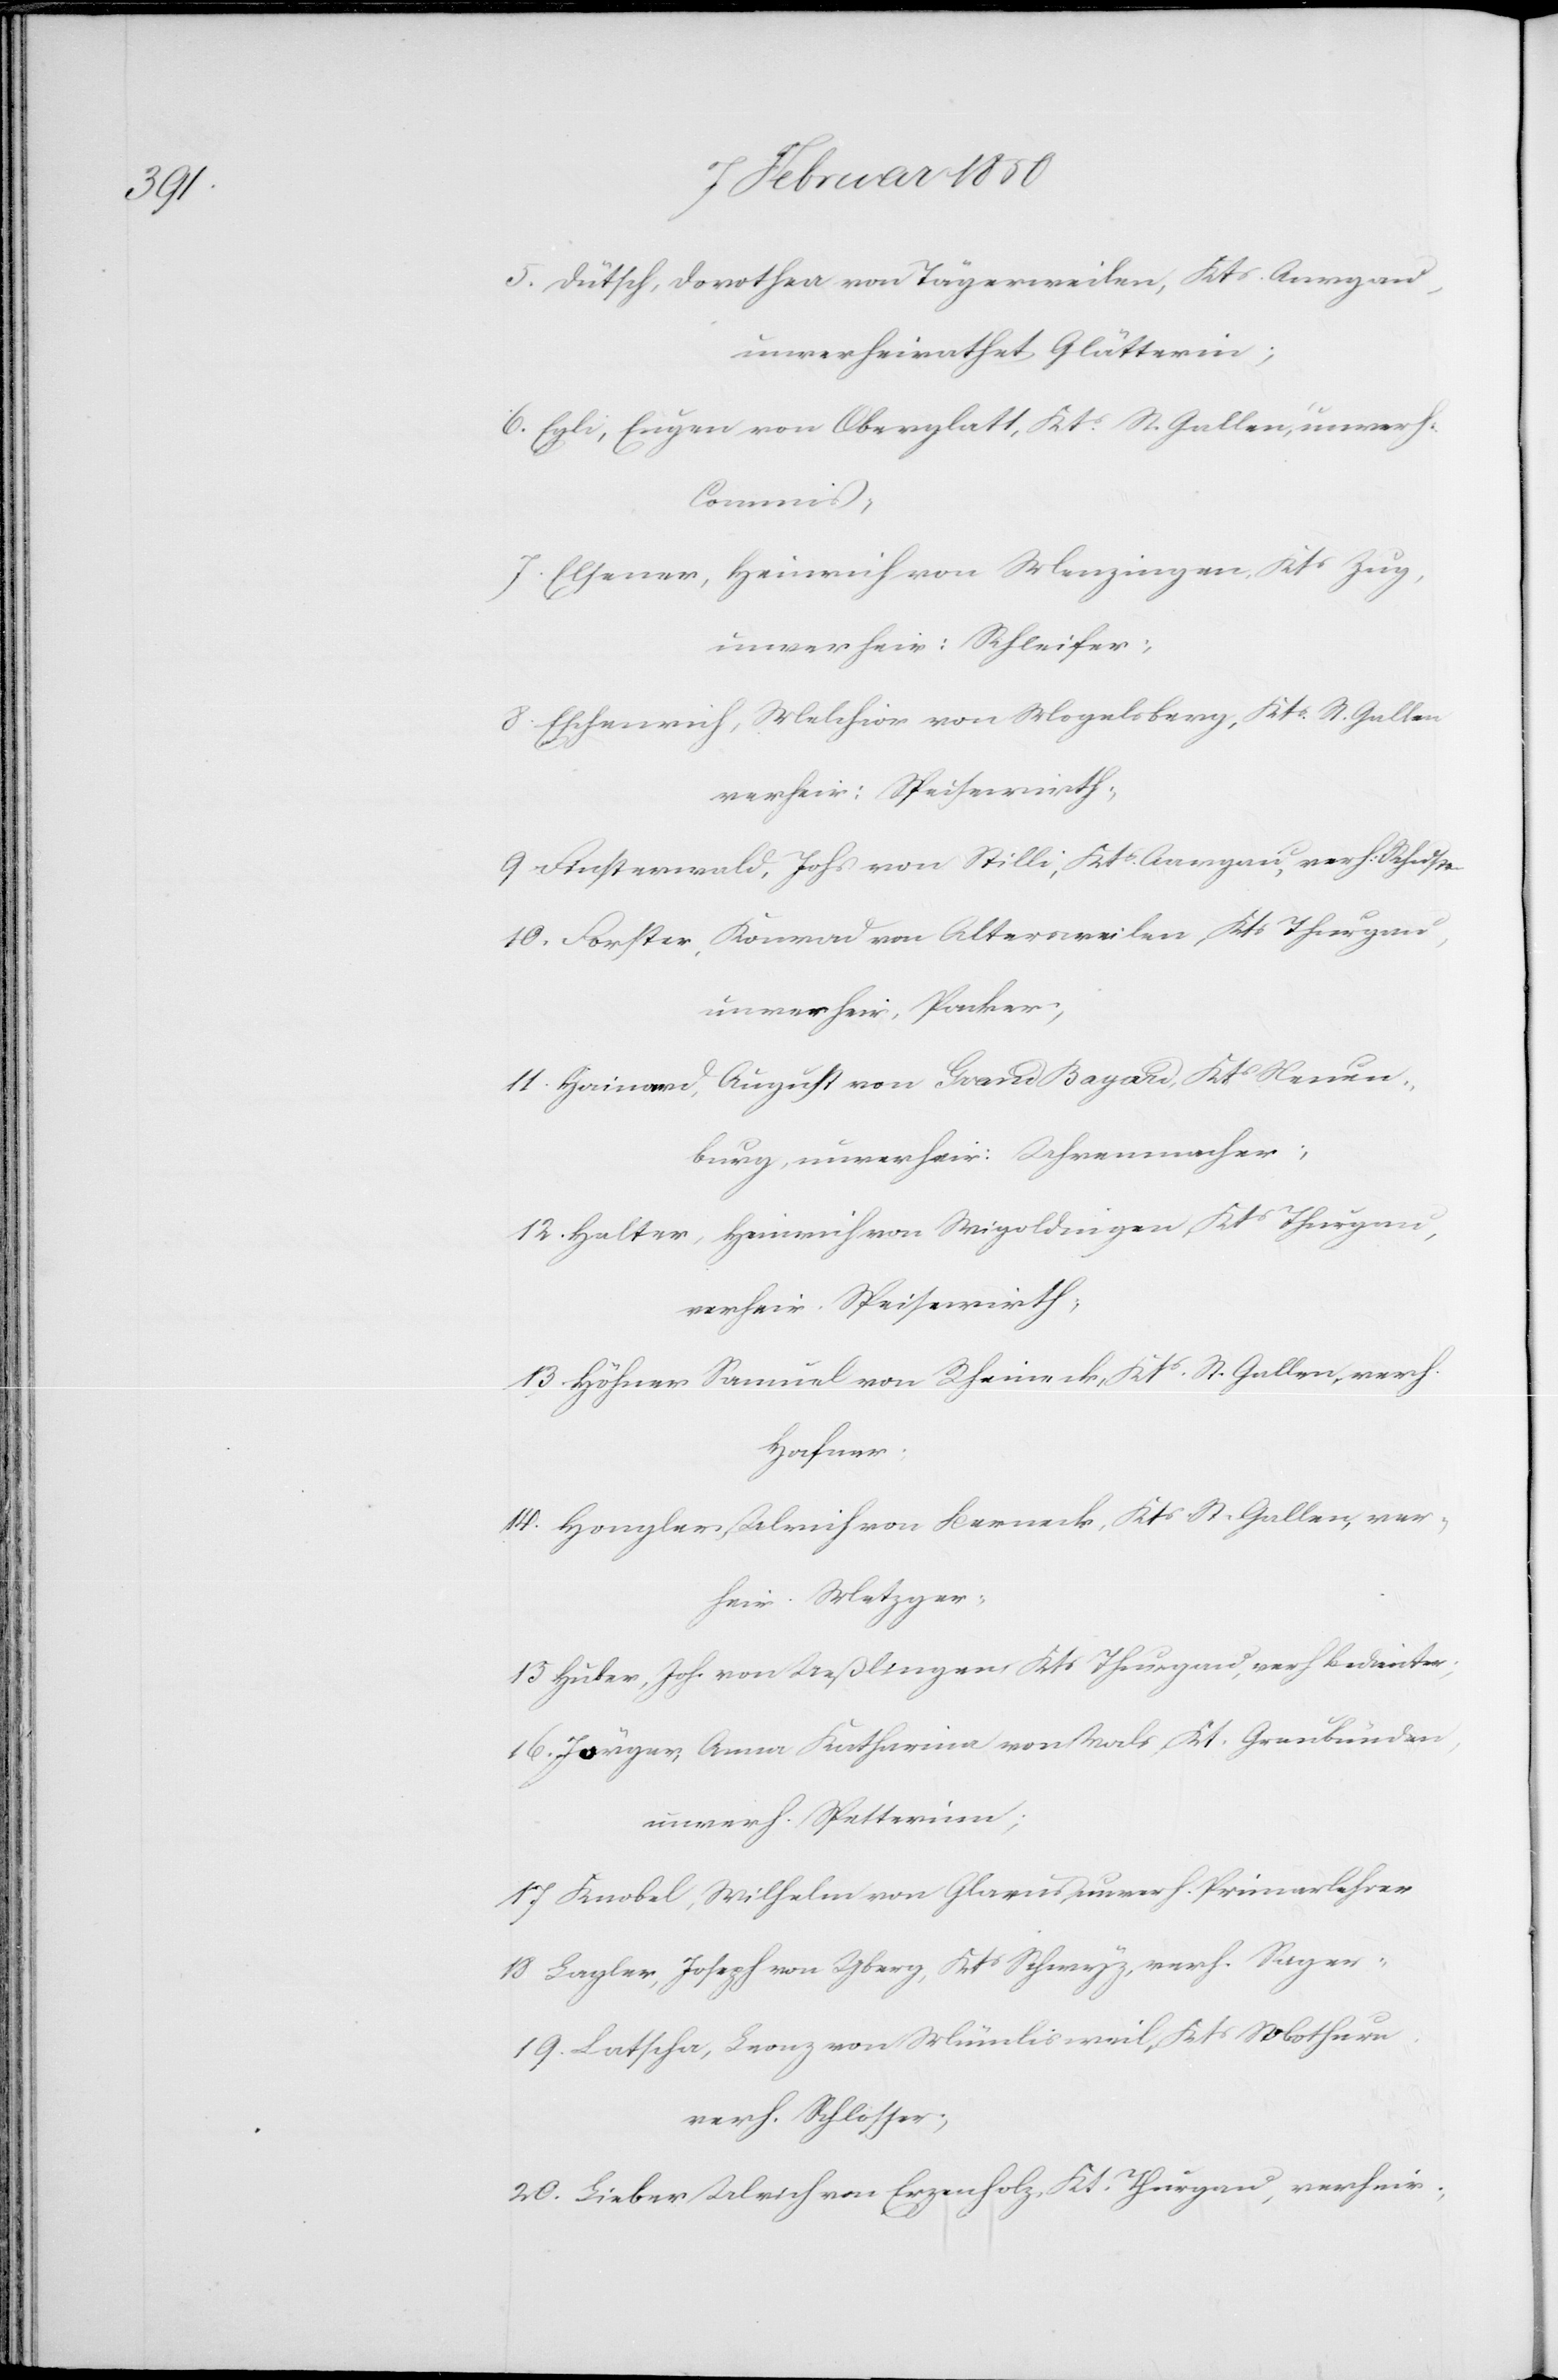
5. Dütsch, Dorothea von Tägerweilen, Kts Aargau,
unverheirathet Glätterin;
6. Egli, Eugen von Oberglatt, Kts St. Gallen, unverh.
Commis;
7. Elsener, Heinrich von Menzingen, Kts S Zug,
unverheir: Schleifer;
8. Eschenrich, Melchior von Mopelsberg, Kts St. Gallen
verheir: Speisewirth;
9. Finsterwald, Johs von Stilli, Kts Aargau, verh: Schuster
10. Forster, Konrad von Altersweilen, Kts Thurgau,
unverheir, Packer;
11. Hainard, August von Grand Bayard, Kts Neuen¬
burg, unverheir: Uhrenmacher;
12. Halter, Heinrich von Wigoldingen, Kts Thurgau,
verheir. Speisewirth;
13. Höhner Samuel von Rheineck, Kts St. Gallen, verh.
Hafner.
14. Hongler, Ulrichen Berneck, Kts St. Gallen, ver¬
heir. Metzger;
15 Huber, Joh. von Ueßlingen Kts Thurgau, verh Bedienter
16. Jörger, Anna Katharina von Vals, Kt. Graubünden,
unverh. Spetterinn;
17 Knobel, Wilhelm von Glarus, unverh. Primarlehrer
18 Lagler, Joseph von Yberg, Kts Schwyz, verh. Sager:
19. Lathscha, Leonz von Mümlisweil, Kts Solothurn.
verh. Schlosser;
20. Lieber Ulrich von Erzenholz, Kt. Thurgau, verheir;